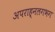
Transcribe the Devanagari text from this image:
अपराह्नलगभग